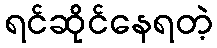
ရင်ဆိုင်နေရတဲ့